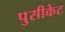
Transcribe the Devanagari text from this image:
पुसीकेट